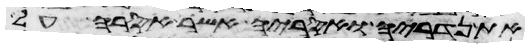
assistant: את נדריה ואסריה אשר אסרה על